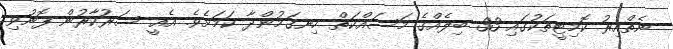
ނެތްއިރު ކޮމިޓީތަކުގައި 33 ބިލެއްގެ މަސައްކަތް ހިނގަމުންދާ ކަމަށެވެ. އެއީ ސަރުކާރުން ފޮނުވި